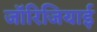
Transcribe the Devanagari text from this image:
जॉरिजियाई